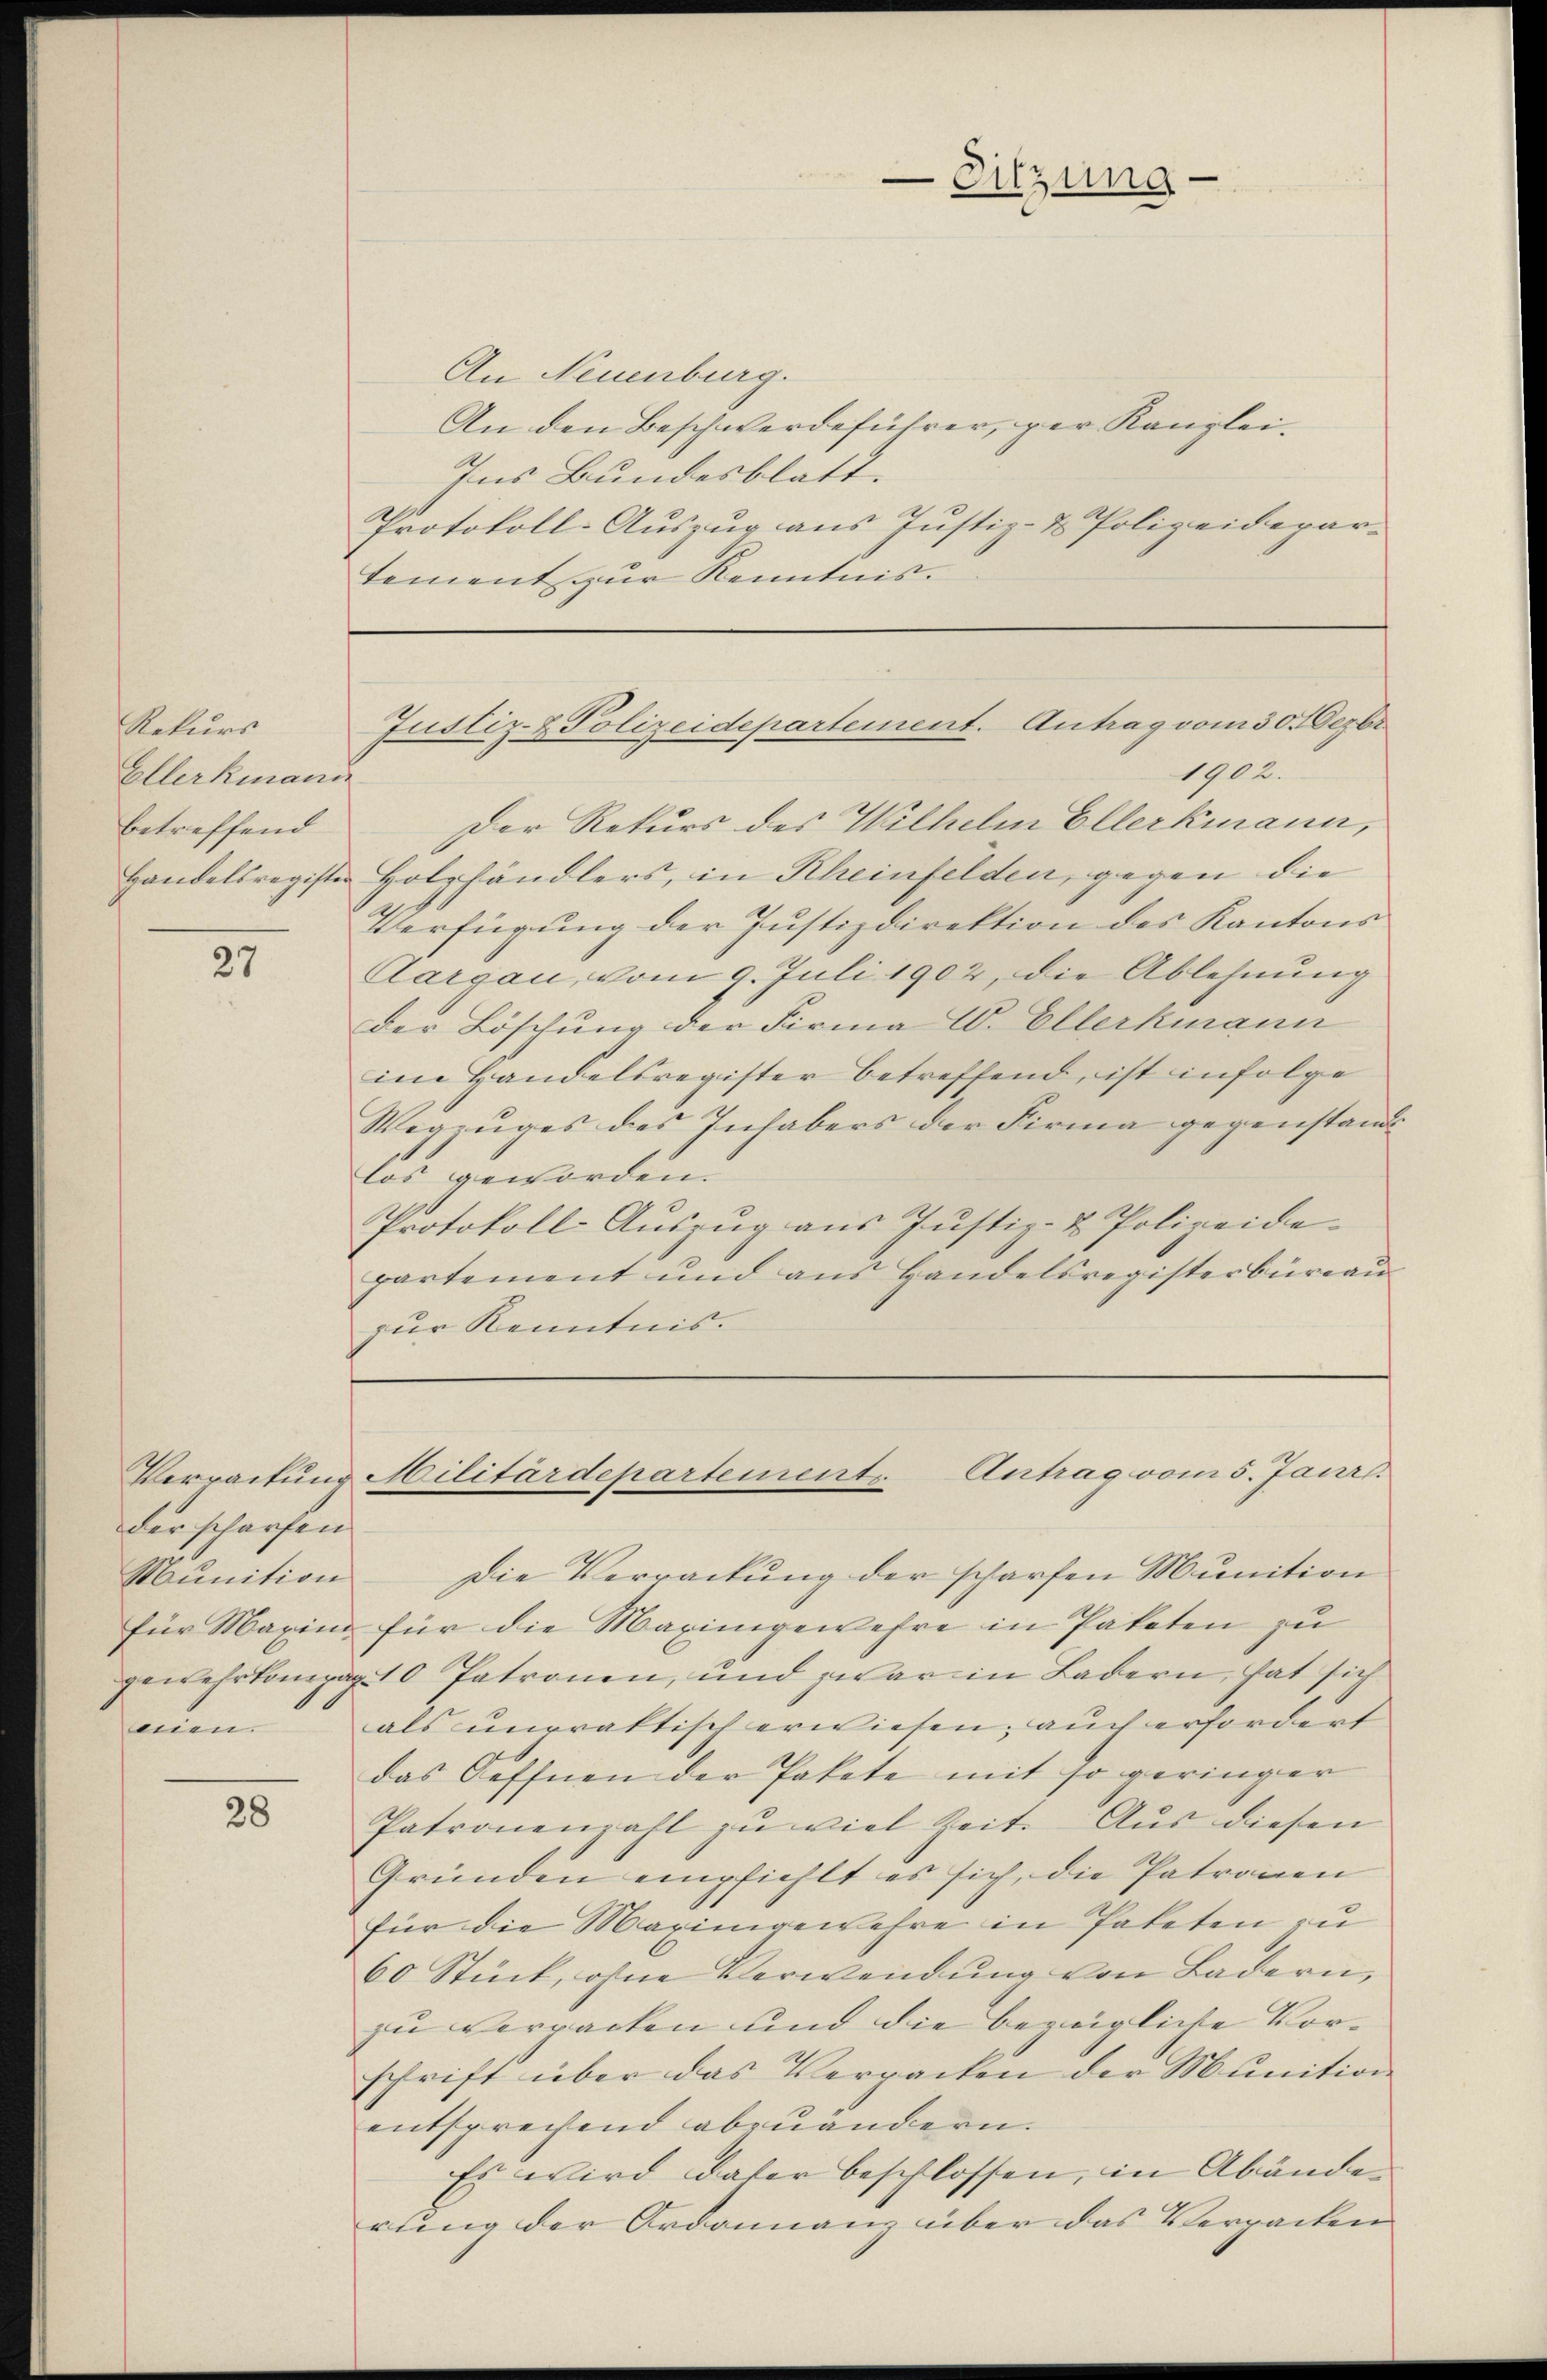
Rekurs
Ellerkmann
betreffend

27

der scharfen.
nien.

28

An Neuenburg.
An den Beschwerdeführer, per Kanzlei.
Ins Bundesblatt.
Protokoll-Auszug aus Justiz- & Polizeidepar-
tement zur Kenntnis.

1902.
Der Rekurs des Wilhelm Ellerkmann,
Handelsregister Holzhändlers, in Rheinfelden, gegen die
Verfügung der Justizdirektion des Kantons
Aargau, vom 9. Juli 1902, die Ablehnung
der Löschung der Firma V. Ellerkmann
im Handelsregister betreffend, ist infolge
Wegzuges des Inhabers der Firma gegenstand
los geworden.
Protokoll-Auszug aus Justiz- & Polizeidepartement und aus Handelsregisterbüreau
zur Kenntnis.

Mŭnition die Verrackŭng der scharfen Munition
für Maxime für die Maximgewehre in Paketen zu
gewehrkompag 10 Patronen, und zwar in Ladern, hat sich
als unpraktisch erwiesen, auch erfordert
das Oeffnen der Pakete mit so geringer
Patronenzahl zu viel Zeit. Aus diesen
Gründen empfiehlt es sich, die Patronen
für die Maximgewehre in Paketen zu
60 Stück, ohne Verwendung von Badern,
zu Verpacken und die bezwigliche Vorschrift über das Verpacken der Munition
entsprechend abzuändern.
Es wird dator beschlossen, in Abändertung der Ordonnanz über das Verpacken

Sitzung.

Justiz- & Polizeidepartement. Antrag vom 30. Dezbr.

Verraitung Militärdepartements Antrag vom 5. Janr.